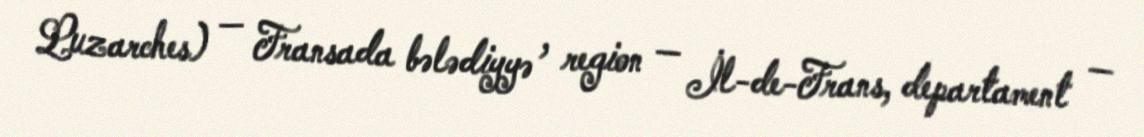
Luzarches) — Fransada bələdiyyə , region — İl-de-Frans, departament —